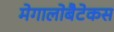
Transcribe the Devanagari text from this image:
मेगालोबैटेकस